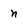
Character: n